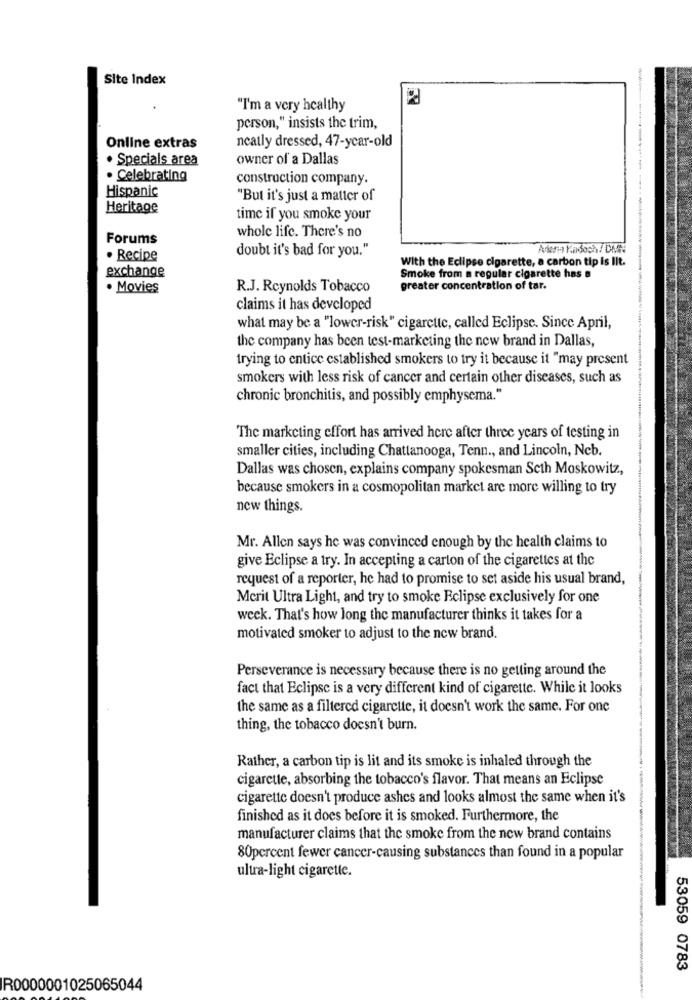
Site Index
"I'm a very healthy
person," insists the trim,
neatly dressed, 47-year-old
Online extras
. Specials area
owner of a Dallas
--
· Celebrating
construction company.
Hispanic
"But it's just a matter of
Heritage
time if you smoke your
whole life. There's no
Forums
doubt it's bad for you."
· Recipe
With the Eclipse cigarette, a carbon tip is IIt.
exchange
Smoke from a regular cigarette has a
· Movies
R.J. Reynolds Tobacco
greater concentration of tar.
claims it has developed
what may be a "lower-risk" cigarette, called Eclipse. Since April,
the company has been test-marketing the new brand in Dallas,
trying to entice established smokers to try it because it "may present
smokers with less risk of cancer and certain other diseases, such as
chronic bronchitis, and possibly emphysema."
The marketing effort has arrived here after three years of testing in
smaller cities, including Chattanooga, Tenn ., and Lincoln, Ncb.
Dallas was chosen, explains company spokesman Seth Moskowitz,
because smokers in a cosmopolitan market are more willing to try
new things.
Mr. Allen says he was convinced enough by the health claims to
give Eclipse a try. In accepting a carton of the cigarettes at the
request of a reporter, he had to promise to set aside his usual brand,
Mcrit Ultra Light, and try to smoke Eclipse exclusively for one
week. That's how long the manufacturer thinks it takes for a
motivated smoker to adjust to the new brand.
Perseverance is necessary because there is no getting around the
fact that Eclipse is a very different kind of cigarette. While it looks
the same as a filtered cigarette, it doesn't work the same. For one
thing, the tobacco doesn't burn.
Rather, a carbon tip is lit and its smoke is inhaled through the
cigarette, absorbing the tobacco's flavor. That means an Eclipse
cigarette doesn't produce ashes and looks almost the same when it's
finished as it does before it is smoked. Furthermore, the
manufacturer claims that the smoke from the new brand contains
80percent fewer cancer-causing substances than found in a popular
ultra-light cigarette.
53059 0783
R0000001025065044